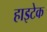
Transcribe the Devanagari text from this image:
हाइटेक